Civil Veterinary Department. United Provinces 1912-22 - 1912-1922
Year: 1912
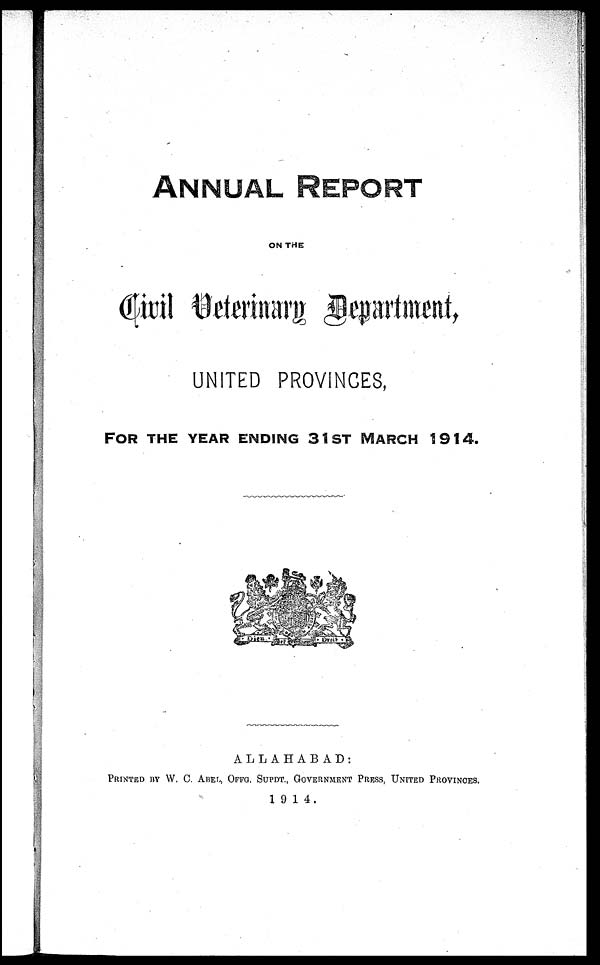
ANNUAL
REPORT
ON THE
Civil Veterinary Department,
UNITED PROVINCES,
FOR THE YEAR ENDING 31ST MARCH 1914.
ALLAHABAD:
PRINTED BY W. C. ABEL, OFFG. SUPDT., GOVERNMENT PRESS, UNITESD PROVINCE.
1914.